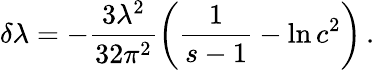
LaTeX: \delta\lambda=-\frac{3\lambda^{2}}{32\pi^{2}}\left({\frac{1}{s-1}}-\ln c^{2}\right)\, .